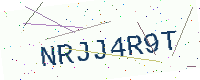
Text: NRJJ4R9T